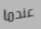
عندما